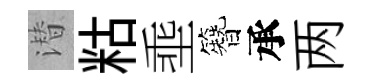
潜䊀埀簪承两